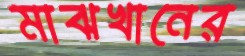
মাঝখানের